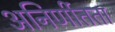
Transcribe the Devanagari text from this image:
अनिर्णीतता